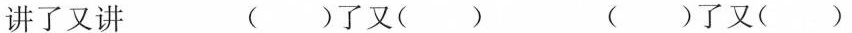
讲了又讲 ( )了又( ) ( )了又( )